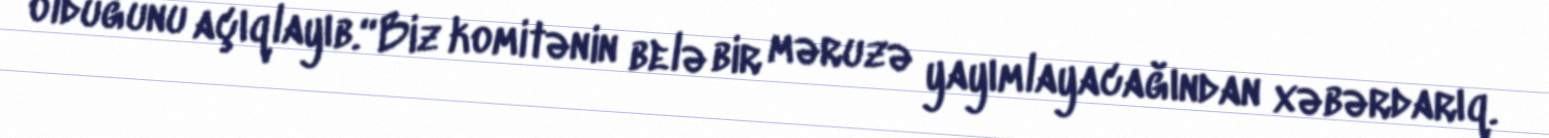
olduğunu açıqlayıb.“Biz komitənin belə bir məruzə yayımlayacağından xəbərdarıq.